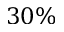
3 0 \%